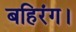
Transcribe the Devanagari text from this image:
बहिरंग।